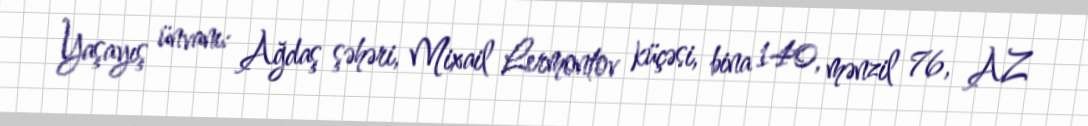
Yaşayış ünvanı: Ağdaş şəhəri, Mixail Lermontov küçəsi, bina 140, mənzil 76, AZ